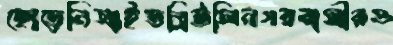
ছোড়েনিআইডব্লিউসিনগরবাসীরও